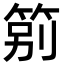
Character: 䇷